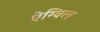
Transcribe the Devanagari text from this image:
ऐग्विल